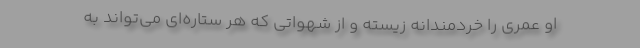
او عمری را خردمندانه زیسته و از شهواتی که هر ستاره‌ای می‌تواند به